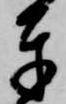
奉